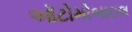
ઑટોમોબાઇલ